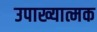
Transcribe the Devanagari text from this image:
उपाख्यात्मक